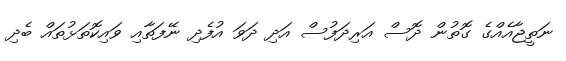
ނަތީޖާއެއްގެ ގޮތުން ދޮސް އަރިދަފުސް އަދި ދަވަ އުފެދި ނޭފަތާއި ވައިކޮތަޅުތައް ބެދި